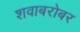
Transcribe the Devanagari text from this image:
शवाबरोबर